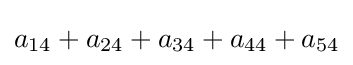
a_{14}+a_{24}+a_{34}+a_{44}+a_{54}